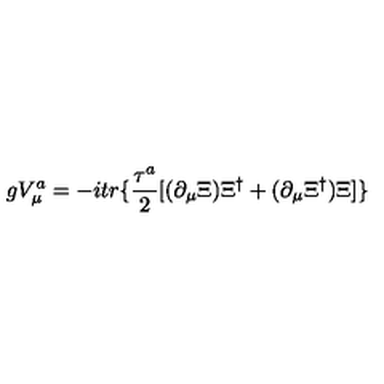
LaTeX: g V _ { \mu } ^ { a } = - i t r \{ \frac { \tau ^ { a } } { 2 } [ ( \partial _ { \mu } \Xi ) \Xi ^ { \dag } + ( \partial _ { \mu } \Xi ^ { \dag } ) \Xi ] \}